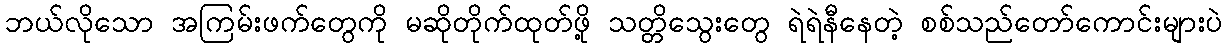
ဘယ်လိုသော အကြမ်းဖက်တွေကို မဆိုတိုက်ထုတ်ဖို့ သတ္တိသွေးတွေ ရဲရဲနီနေတဲ့ စစ်သည်တော်ကောင်းများပဲ